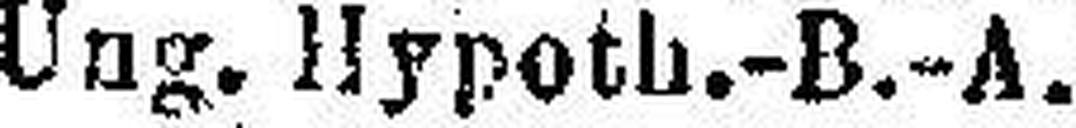
Ung. Hypoth.-B.-A.